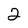
Character: 2